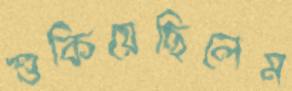
শুকিয়েছিলেম